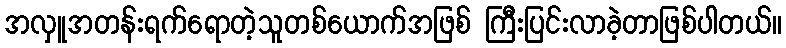
အလှူအတန်းရက်ရောတဲ့သူတစ်ယောက်အဖြစ် ကြီးပြင်းလာခဲ့တာဖြစ်ပါတယ်။